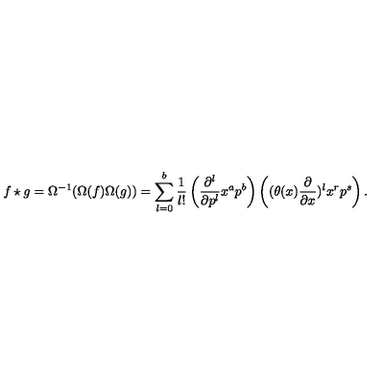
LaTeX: f \star g = \Omega ^ { - 1 } ( \Omega ( f ) \Omega ( g ) ) = \sum _ { l = 0 } ^ { b } \frac { 1 } { l ! } \left( \frac { \partial ^ { l } } { \partial p ^ { l } } x ^ { a } p ^ { b } \right) \left( ( \theta ( x ) \frac { \partial } { \partial x } ) ^ { l } x ^ { r } p ^ { s } \right) .